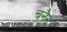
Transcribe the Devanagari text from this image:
चनैन